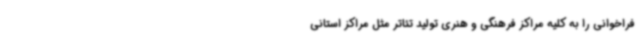
فراخوانی را به کلیه مراکز فرهنگی و هنری تولید تئاتر مثل مراکز استانی